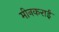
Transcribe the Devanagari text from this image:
मीनकराई